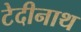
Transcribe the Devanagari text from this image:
टेदीनाथ